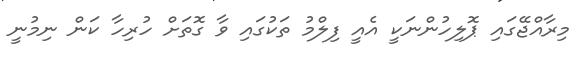
މިރާއްޖޭގައި ޕޮލިހުންނަކީ އެއީ ފިލްމު ތަކުގައި ވާ ގޮތަށް ހުރިހާ ކަން ނިމުނީ